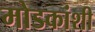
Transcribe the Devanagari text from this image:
मोडकांशी